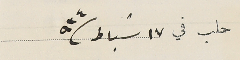
حلب في ١٧ شباط /٩٣٤